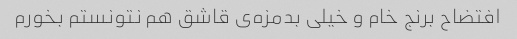
افتضاح برنج خام و خیلی بدمزه‌ی قاشق هم نتونستم بخورم